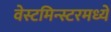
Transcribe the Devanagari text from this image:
वेस्टमिन्स्टरमध्ये